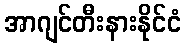
အာဂျင်တီးနားနိုင်ငံ